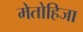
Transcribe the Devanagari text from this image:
मेतोहिजा